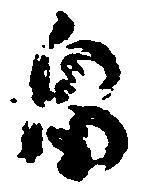
畠